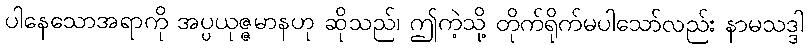
ပါနေသောအရာကို အပ္ပယုဇ္ဇမာနဟု ဆိုသည်၊ ဤကဲ့သို့ တိုက်ရိုက်မပါသော်လည်း နာမသဒ္ဒါ